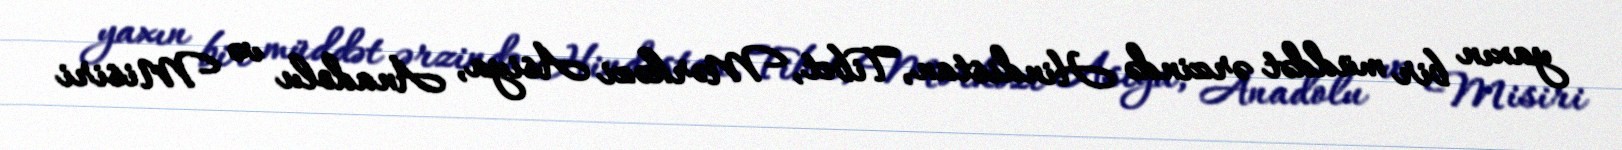
yaxın bir müddət ərzində Hindistan, Tibet, Mərkəzi Asiya, Anadolu və Misiri